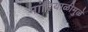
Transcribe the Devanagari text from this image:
मांदियाळीमुळे